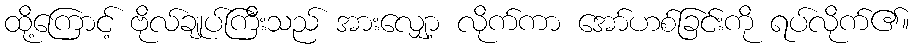
ထို့ကြောင့် ဗိုလ်ချုပ်ကြီးသည် အားလျှော့ လိုက်ကာ အော်ဟစ်ခြင်းကို ရပ်လိုက်၏။